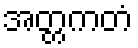
အတ္တကတံ